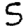
Digit: 5